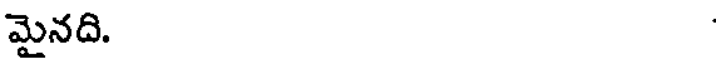
మైనది.